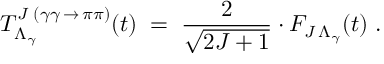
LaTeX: T _ { \Lambda _ { \gamma } } ^ { J \; ( \gamma \gamma \, \rightarrow \, \pi \pi ) } ( t ) \; = \; \frac { 2 } { \sqrt { 2 J + 1 } } \cdot F _ { J \, \Lambda _ { \gamma } } ( t ) \; .